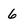
Character: 6